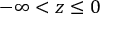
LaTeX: - \infty < z \leq 0